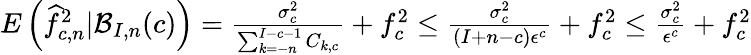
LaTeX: \begin{array}{r}{E\left(\widehat f_{c,n}^{2}|\mathcal{B}_{I,n}(c)\right)=\frac{\sigma_{c}^{2}}{\sum_{k=-n}^{I-c-1}C_{k,c}}+f_{c}^{2}\leq\frac{\sigma_{c}^{2}}{(I+n-c)\epsilon^{c}}+f_{c}^{2}\leq\frac{\sigma_{c}^{2}}{\epsilon^{c}}+f_{c}^{2}}\end{array}